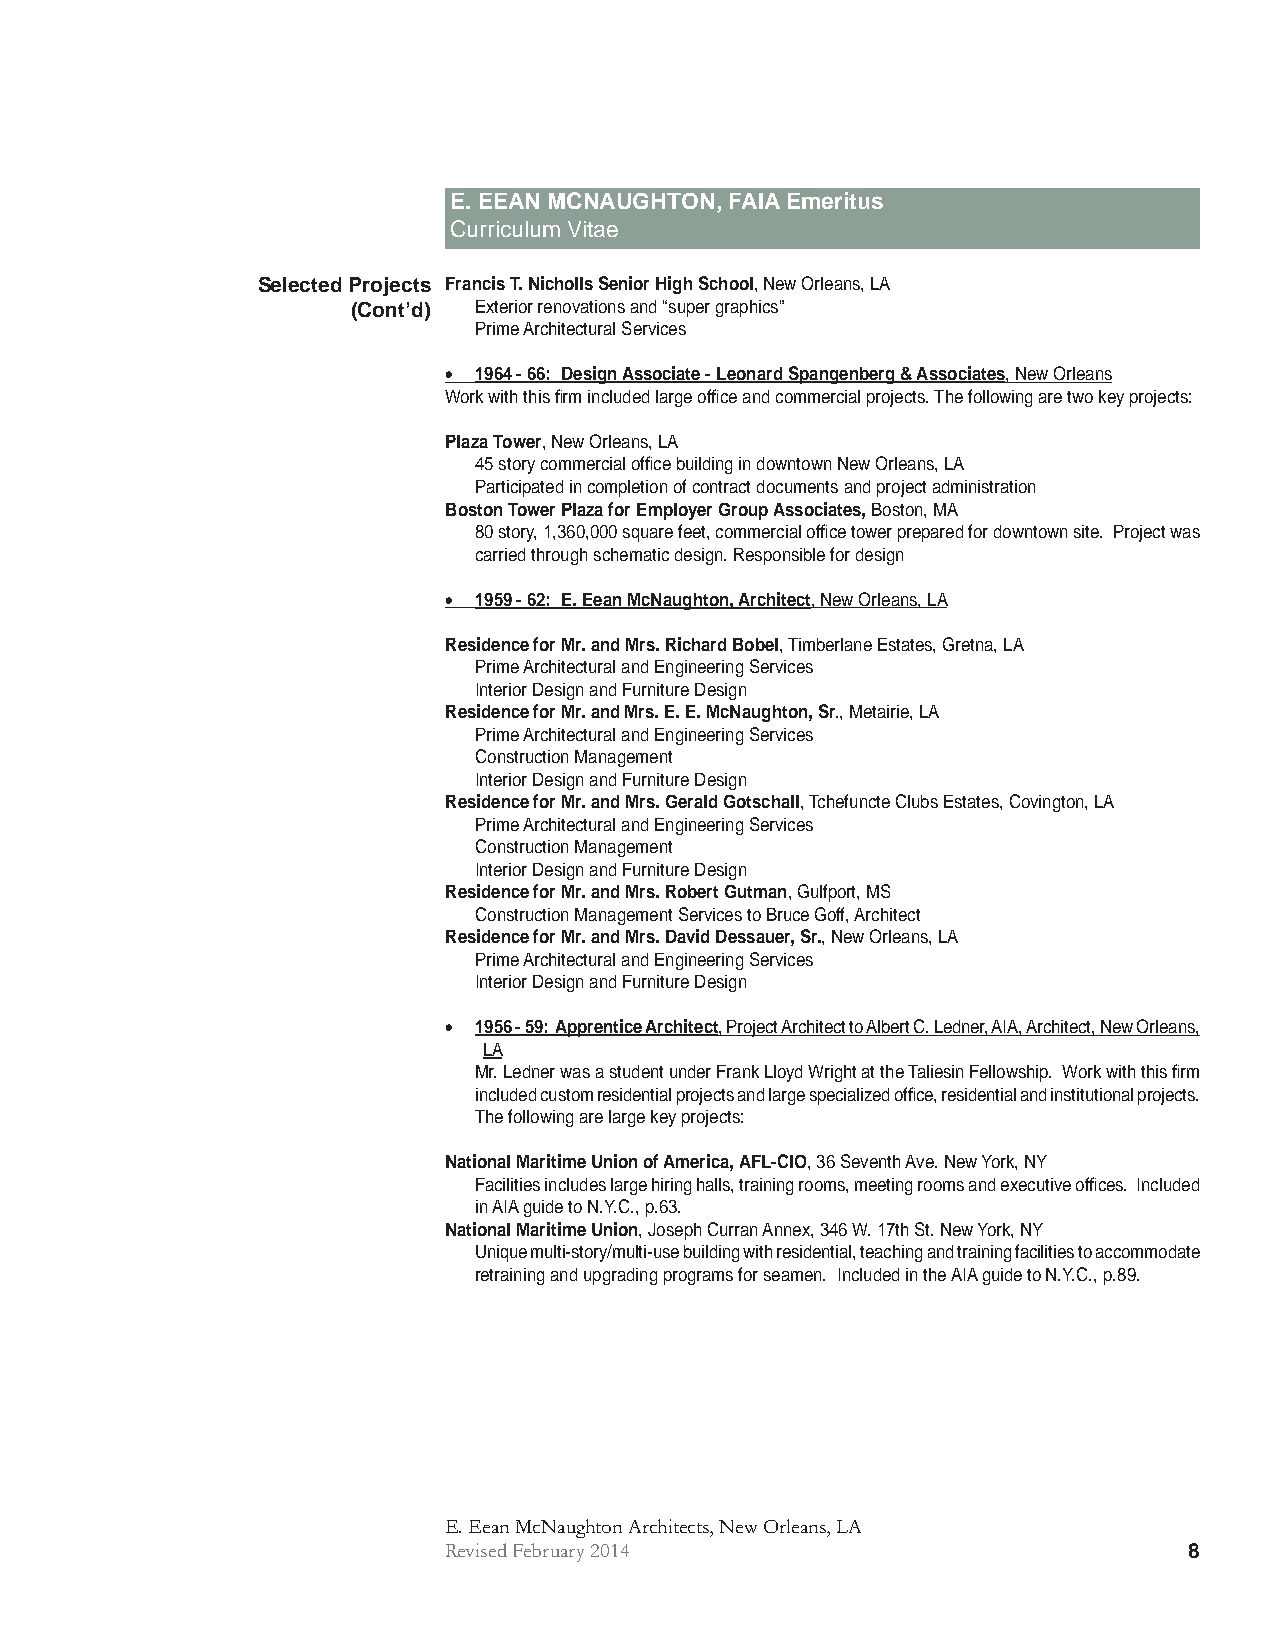
E. EEAN MCNAUGHTON, FAIA Emeritus
 Curriculum Vitae
 Selected Projects Francis T. Nicholls Senior High School, New Orleans, LA
 (Cont’d) Exterior renovations and “super graphics”
 Prime Architectural Services
  1964 - 66: Design Associate - Leonard Spangenberg & Associates, New Orleans
 Work with this fi rm included large offi ce and commercial projects. The following are two key projects:
 Plaza Tower, New Orleans, LA
 45 story commercial offi ce building in downtown New Orleans, LA
 Participated in completion of contract documents and project administration
 Boston Tower Plaza for Employer Group Associates, Boston, MA
 80 story, 1,360,000 square feet, commercial offi ce tower prepared for downtown site. Project was
 carried through schematic design. Responsible for design
  1959 - 62: E. Eean McNaughton, Architect, New Orleans, LA
 Residence for Mr. and Mrs. Richard Bobel, Timberlane Estates, Gretna, LA
 Prime Architectural and Engineering Services
 Interior Design and Furniture Design
 Residence for Mr. and Mrs. E. E. McNaughton, Sr., Metairie, LA
 Prime Architectural and Engineering Services
 Construction Management
 Interior Design and Furniture Design
 Residence for Mr. and Mrs. Gerald Gotschall, Tchefuncte Clubs Estates, Covington, LA
 Prime Architectural and Engineering Services
 Construction Management
 Interior Design and Furniture Design
 Residence for Mr. and Mrs. Robert Gutman, Gulfport, MS
 Construction Management Services to Bruce Goff, Architect
 Residence for Mr. and Mrs. David Dessauer, Sr., New Orleans, LA
 Prime Architectural and Engineering Services
 Interior Design and Furniture Design
  1956 - 59: Apprentice Architect, Project Architect to Albert C. Ledner, AIA, Architect, New Orleans,
 LA
 Mr. Ledner was a student under Frank Lloyd Wright at the Taliesin Fellowship. Work with this fi rm
 included custom residential projects and large specialized offi ce, residential and institutional projects.
 The following are large key projects:
 National Maritime Union of America, AFL-CIO, 36 Seventh Ave. New York, NY
 Facilities includes large hiring halls, training rooms, meeting rooms and executive offi ces. Included
 in AIA guide to N.Y.C., p.63.
 National Maritime Union, Joseph Curran Annex, 346 W. 17th St. New York, NY
 Unique multi-story/multi-use building with residential, teaching and training facilities to accommodate
 retraining and upgrading programs for seamen. Included in the AIA guide to N.Y.C., p.89.
 E. Eean McNaughton Architects, New Orleans, LA
 Revised February 2014                             8